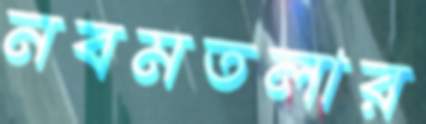
নবমতলার